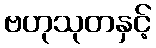
ဗဟုသုတနှင့်